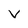
Character: v